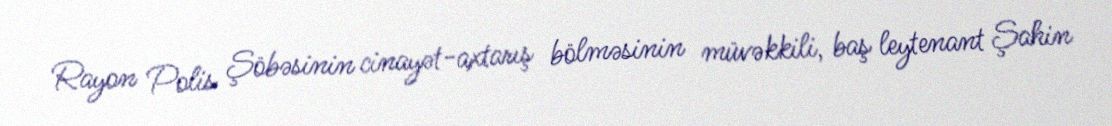
Rayon Polis Şöbəsinin cinayət-axtarış bölməsinin müvəkkili, baş leytenant Şahin